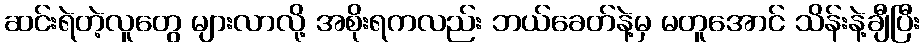
ဆင်းရဲတဲ့လူတွေ များလာလို့ အစိုးရကလည်း ဘယ်ခေတ်နဲ့မှ မတူအောင် သိန်းနဲ့ချီပြီး